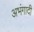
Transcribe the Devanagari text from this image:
अभंगादी